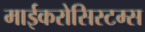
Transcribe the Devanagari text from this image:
माईकरोसिस्टम्स